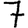
Digit: 7